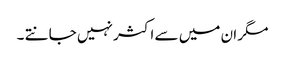
مگر ان میں سے اکثر نہیں جانتے ۔